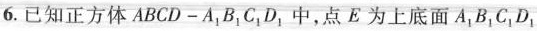
6.已知正方体ABCD-A_{1}B_{1}C_{1}D_{1}中，点E为上底面A_{1}B_{1}C_{1}D_{1}